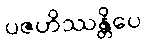
ပဇဟိဿန္တိပေ